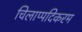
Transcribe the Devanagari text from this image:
चिलाप्पदिकरम